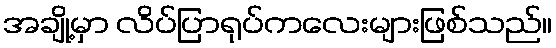
အချို့မှာ လိပ်ပြာရုပ်ကလေးများဖြစ်သည်။